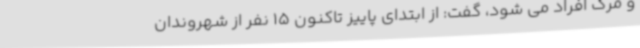
و مرگ افراد می شود، گفت: از ابتدای پاییز تاکنون 15 نفر از شهروندان